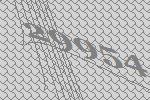
29954